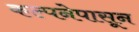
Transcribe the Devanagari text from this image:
कल्पनेपासून